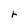
Character: r